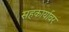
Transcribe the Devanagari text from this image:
सहकार्यावर